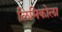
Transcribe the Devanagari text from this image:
लिमिकोला